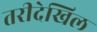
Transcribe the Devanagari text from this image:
तरीदेखिल